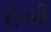
રીકની